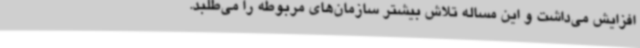
افزایش می‌داشت و این مساله تلاش بیشتر سازمان‌های مربوطه را می‌طلبد.